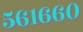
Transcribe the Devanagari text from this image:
५६१६६०